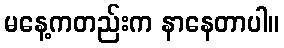
မနေ့ကတည်းက နာနေတာပါ။